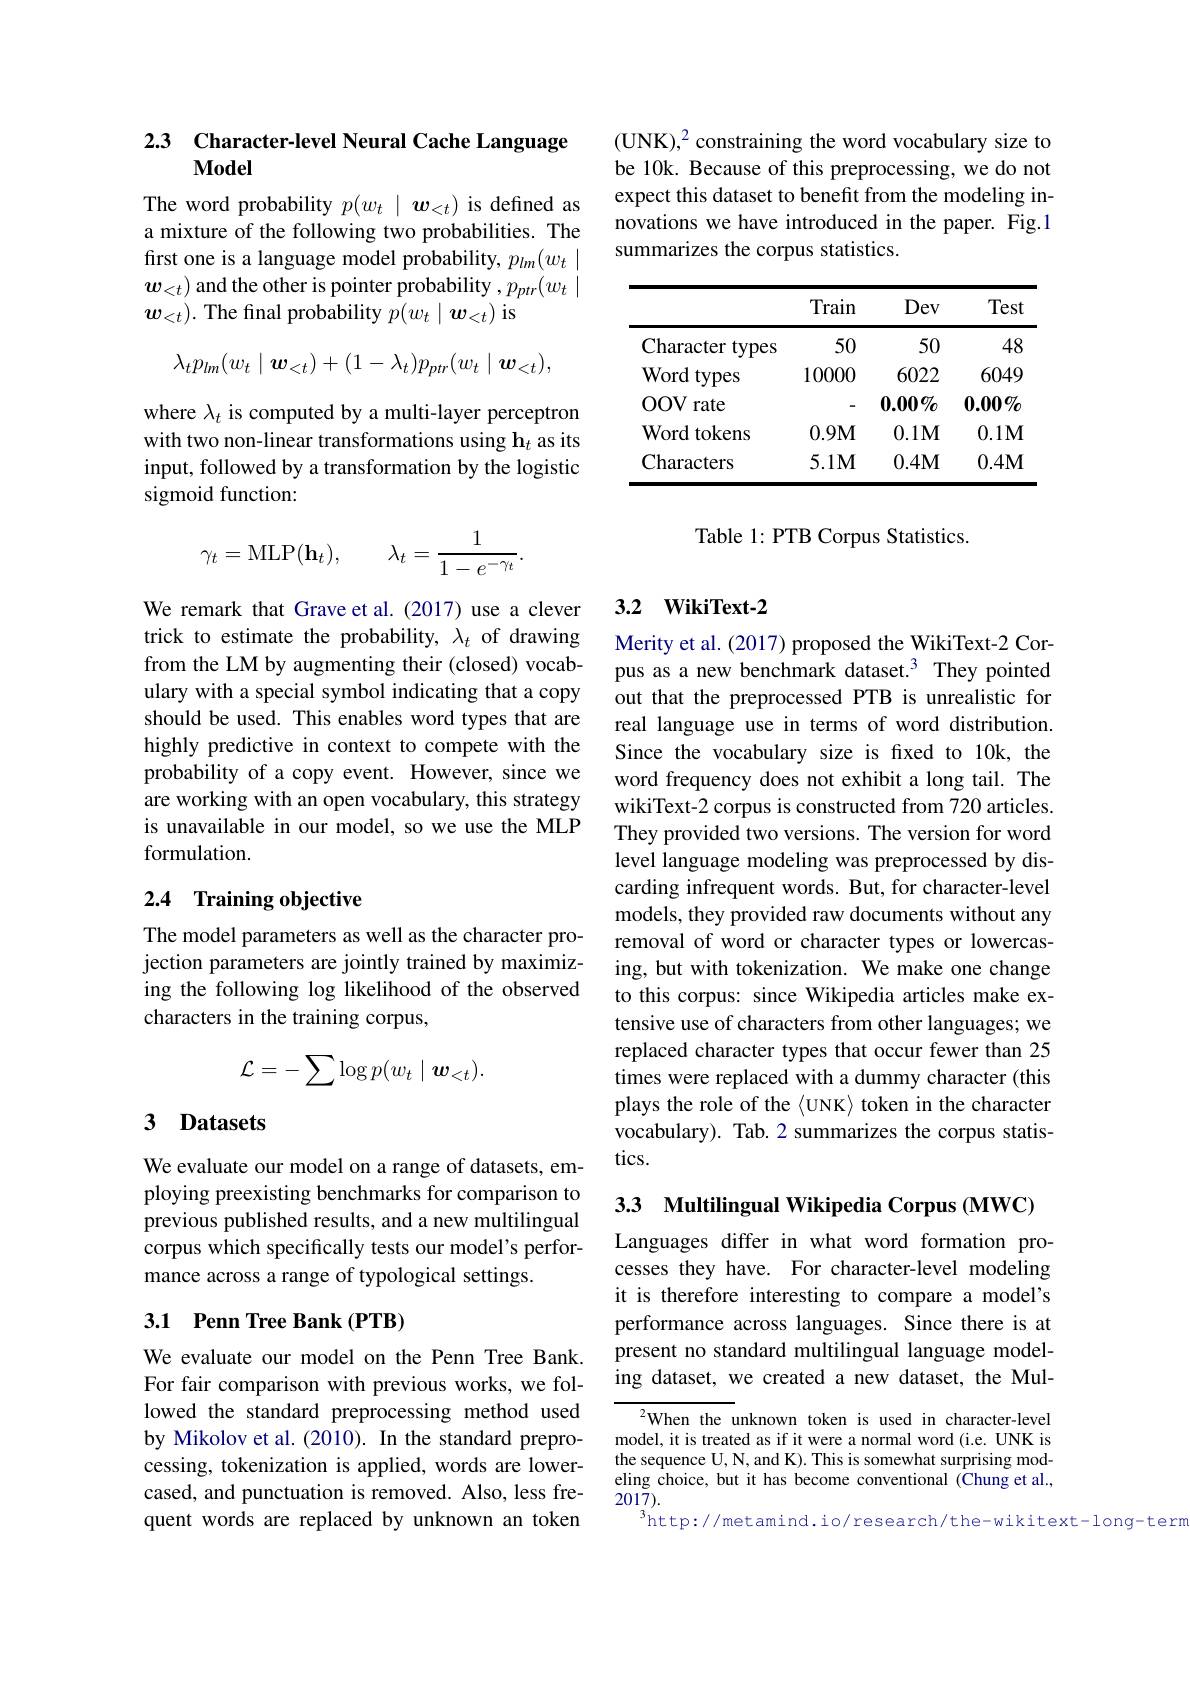
## 2.3 Character-level Neural Cache Language Model

The word probability $p(w_t\mid\boldsymbol{w}_{<t})$ is defined as a mixture of the following two probabilities. The frst one is a language model probability, $p_lm(w_t\mid$ $w_{<t})$ and the other is pointer probability $,p_ptr(w_t\mid$ $\boldsymbol{w}_{<t}).$ The final probability $p(w_t\mid\boldsymbol{w}_{<t})$ is
$$\lambda_tp_{lm}(w_t\mid\boldsymbol{w}_{<t})+(1-\lambda_t)p_{ptr}(w_t\mid\boldsymbol{w}_{<t}),$$
where $\lambda_t$ is computed by a multi-layer perceptron with two non-linear transformations using h$_t$ as its input, followed by a transformation by the logistic sigmoid function:
$$\gamma_t=\mathrm{MLP}(\mathbf{h}_t),\quad\lambda_t=\frac{1}{1-e^{-\gamma_t}}.$$
We remark that Grave et al.(2017) use a clever trick to estimate the probability, $\lambda_t$ of drawing from the LM by augmenting their (closed) vocabulary with a special symbol indicating that a copy should be used. This enables word types that are highly predictive in context to compete with the probability of a copy event. However, since we are working with an open vocabulary, this strategy is unavailable in our model, so we use the MLP formulation.

### 2.4 Training objective

The model parameters as well as the character projection parameters are jointly trained by maximizing the following log likelihood of the observed characters in the training corpus,
$$\mathcal{L}=-\sum\log p(w_t\mid\boldsymbol{w}_{<t}).$$
## 3 Datasets

We evaluate our model on a range of datasets, employing preexisting benchmarks for comparison to previous published results, and a new multilingual corpus which specifically tests our model's performance across a range of typological settings.

### 3.1 Penn Tree Bank (PTB)

We evaluate our model on the Penn Tree Bank. For fair comparison with previous works, we followed the standard preprocessing method used by Mikolov et al. (2010). In the standard preprocessing, tokenization is applied, words are lowercased, and punctuation is removed. Also, less frequent words are replaced by unknown an token

(UNK),2 constraining the word vocabulary size to be 10k. Because of this preprocessing, we do not expect this dataset to benefit from the modeling innovations we have introduced in the paper. Fig.1 summarizes the corpus statistics.

<table>
	<tbody>
		<tr>
			<th> </th>
			<th>Train</th>
			<th>Dev</th>
			<th>Test</th>
		</tr>
		<tr>
			<td>Character types</td>
			<td>50</td>
			<td>50</td>
			<td>48</td>
		</tr>
		<tr>
			<td>Word types</td>
			<td>10000</td>
			<td>6022</td>
			<td>6049</td>
		</tr>
		<tr>
			<td>$000V$ rate</td>
			<td> </td>
			<td>$0.00\%$</td>
			<td>$0.00\%$</td>
		</tr>
		<tr>
			<td>Word tokens</td>
			<td>0.9M</td>
			<td>$0.1\mathbf{M}$</td>
			<td>0.1M</td>
		</tr>
		<tr>
			<td>Characters</td>
			<td>$5.1M$</td>
			<td>0.4M</td>
			<td>0.4M</td>
		</tr>
	</tbody>
</table>

Table 1: PTB Corpus Statistics.

## 3.2 WikiText-2

Merity et al. (2017) proposed the WikiText-2 Corpus as a new benchmark dataset.$^{3}$ They pointed out that the preprocessed PTB is unrealistic for real language use in terms of word distribution. Since the vocabulary size is fxed to 10k, the word frequency does not exhibit a long tail. The wikiText-2 corpus is constructed from 720 articles. They provided two versions. The version for word level language modeling was preprocessed by discarding infrequent words. But, for character-level models, they provided raw documents without any removal of word or character types or lowercasing, but with tokenization. We make one change to this corpus: since Wikipedia articles make extensive use of characters from other languages; we replaced character types that occur fewer than 25 times were replaced with a dummy character (this plays the role of the $\langle$UNK$\rangle$ token in the character vocabulary). Tab.2 summarizes the corpus statistics.

3.3 Multilingual Wikipedia Corpus (MWC)

Languages differ in what word formation processes they have. For character-level modeling it is therefore interesting to compare a model's performance across languages. Since there is at present no standard multilingual language modeling dataset, we created a new dataset, the Mul-

$^{2}$When the unknown token is used in character-level model, it is treated as if it were a normal word (i.e. UNK is the sequence U, N, and K). This is somewhat surprising modeling choice, but it has become conventional (Chung et al., 2017).
$^{3}$http://metamind.io/research/the-wikitext-long-term